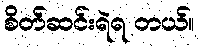
စိတ်ဆင်းရဲရ တယ်။